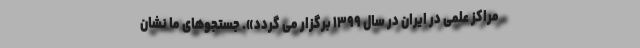
مراکز علمی در ایران در سال ۱۳۹۹ برگزار می گردد». جستجوهای ما نشان